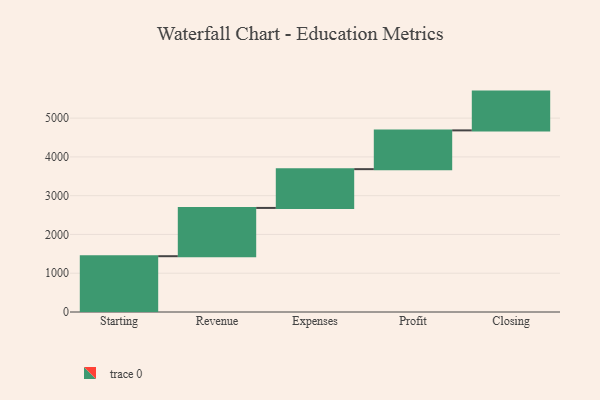
{"axis": {"x": "Step", "y": "Value"}, "legend": [""], "data": [{"x": "Starting", "y": 1439.0, "type": ""}, {"x": "Revenue", "y": 1245.0, "type": ""}, {"x": "Expenses", "y": 1000, "type": ""}, {"x": "Profit", "y": 1000, "type": ""}, {"x": "Closing", "y": 1000, "type": ""}]}